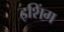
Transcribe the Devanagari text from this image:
इशिंग